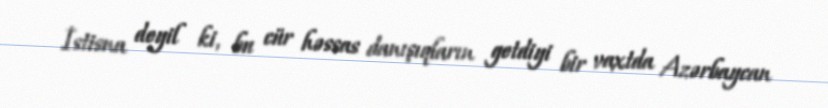
İstisna deyil ki, bu cür həssas danışıqların getdiyi bir vaxtda Azərbaycan